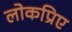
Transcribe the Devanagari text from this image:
लोकप्रिए